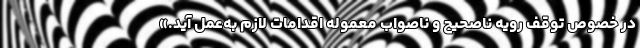
در خصوص توقف رویه ناصحیح و ناصواب معموله اقدامات لازم به‌عمل آید.»